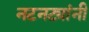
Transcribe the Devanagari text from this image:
नटनट्यांनी